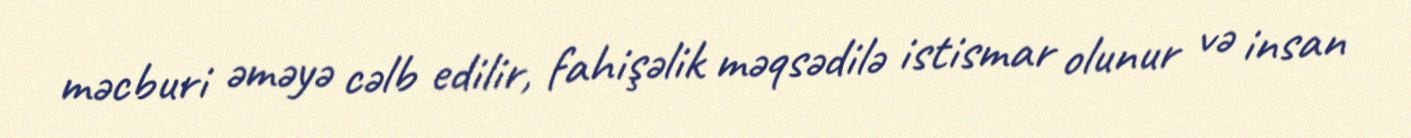
məcburi əməyə cəlb edilir, fahişəlik məqsədilə istismar olunur və insan